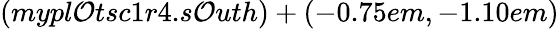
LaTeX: (mypl\mathcal{O}tsc1r4.s\mathcal{O}uth)+(-0.75em,-1.10em)